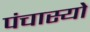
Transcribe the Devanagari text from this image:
पंचास्यो